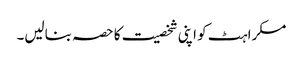
مسکراہٹ کو اپنی شخصیت کا حصہ بنالیں۔